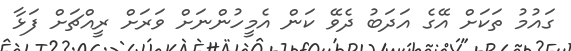
ގައުމު ތަކަށް އޭގެ އަދަބު ދެވޭ ކަން އެމީހުންނަށް ވަރަށް ރީއްޗަށް ފަޅާ